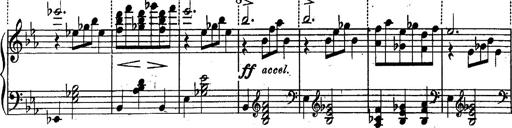
Title: Schubert's Impromptus [revised and edited by Franz Liszt]
Composer: Franz Liszt